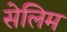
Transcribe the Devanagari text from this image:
सेलिम